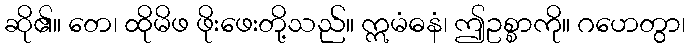
ဆို၏။ တေ၊ ထိုမိဖ ဖိုးဖေးတို့သည်။ ဣမံဓနံ၊ ဤဥစ္စာကို။ ဂဟေတွာ၊